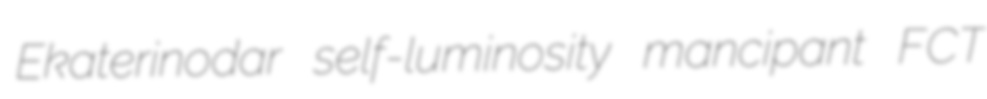
Ekaterinodar self-luminosity mancipant FCT